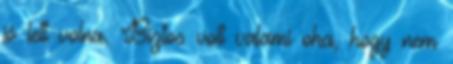
jó lett volna. Biztos volt valami oka, hogy nem